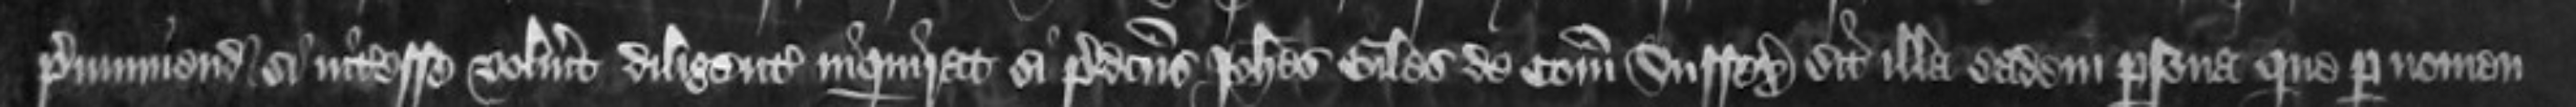
premuniendi si interesse voluerit diligenter inquirat si predictus Johannes Giles de Comitatu Sussex sit illa eadem persona que per nomen